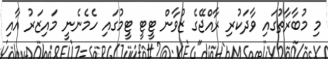
މި މުބާރާތުގައި ވާދަކުރި ރާއްޖޭގެ ޒުވާން ޓީޓީ ޓީމުގައި ހެމެނެނީ މައިޒަރު އާއި